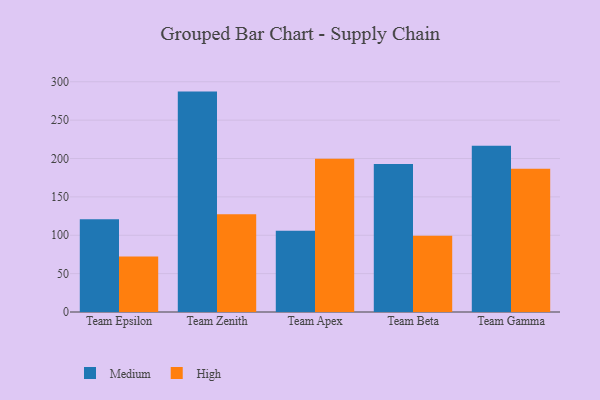
{"axis": {"x": "Team", "y": "Satisfaction Score"}, "legend": ["High", "Medium"], "data": [{"x": "Team Epsilon", "y": 121.0, "type": "Medium"}, {"x": "Team Epsilon", "y": 72.2, "type": "High"}, {"x": "Team Zenith", "y": 287.2, "type": "Medium"}, {"x": "Team Zenith", "y": 127.3, "type": "High"}, {"x": "Team Apex", "y": 105.8, "type": "Medium"}, {"x": "Team Apex", "y": 199.6, "type": "High"}, {"x": "Team Beta", "y": 192.7, "type": "Medium"}, {"x": "Team Beta", "y": 99.5, "type": "High"}, {"x": "Team Gamma", "y": 216.7, "type": "Medium"}, {"x": "Team Gamma", "y": 186.6, "type": "High"}]}